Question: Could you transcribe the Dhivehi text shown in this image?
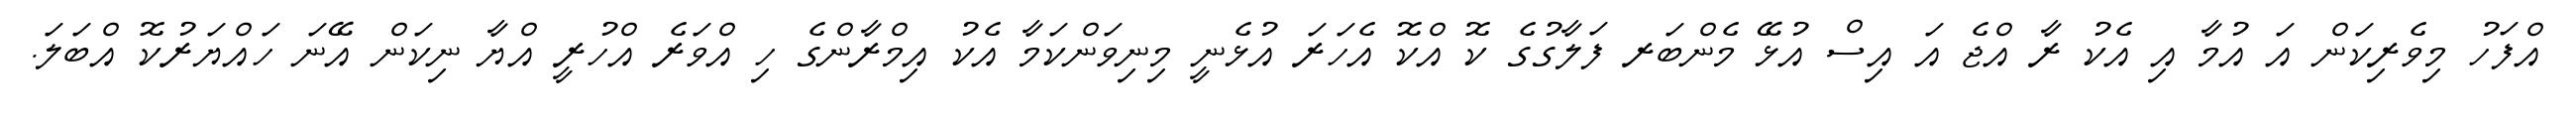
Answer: އްފަހު މިވެރިކަން އަ އުމާ އި އެކު ރާ އްޖެ އަ އިސް އުޅޭ މެންބަރ ފަލާގުގެ ކޮ އްކޮ އެހަރަ އުޅެނީ މިނިވަންކަމާ އެކު އިމްރާންގެ ހި އްވަރެ އްހުރީ އްޔާ ނިކަން އޭނަ ހައްޔަރުކޮ އްބަލަ.